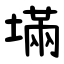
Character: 㙢